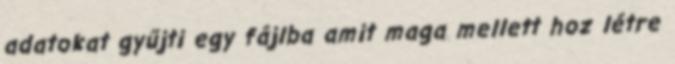
adatokat gyűjti egy fájlba amit maga mellett hoz létre